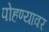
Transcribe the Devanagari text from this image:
पोहण्यावर